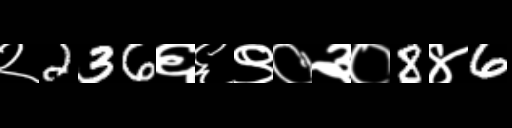
Text: २236६६९०३०8४6